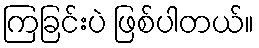
ကြခြင်းပဲ ဖြစ်ပါတယ်။